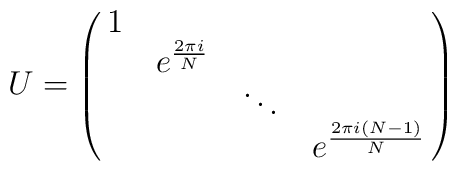
U = \pmatrix{1& & & \cr& e^{2\pi i\over N} & & \cr& & \ddots & \cr& & & e^{2\pi i (N-1)\over N}}